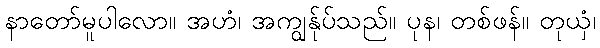
နာတော်မူပါလော။ အဟံ၊ အကျွန်ုပ်သည်။ ပုန၊ တစ်ဖန်။ တုယှံ၊